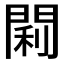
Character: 𫔣